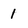
Character: 1